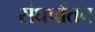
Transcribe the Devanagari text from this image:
संघर्षातच